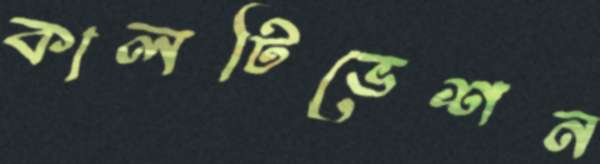
কালটিভেশন